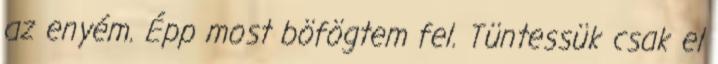
az enyém. Épp most böfögtem fel. Tüntessük csak el